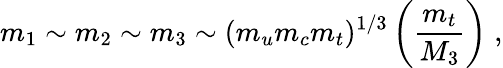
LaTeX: m_{1}\sim m_{2}\sim m_{3}\sim(m_{u}m_{c}m_{t})^{1/3}\left({\frac{m_{t}}{M_{3}}}\right)\; ,